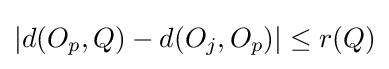
|d(O_{p},Q)-d(O_{j},O_{p})|\leq r(Q)